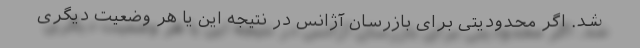
شد. اگر محدودیتی برای بازرسان آژانس در نتیجه این یا هر وضعیت دیگری